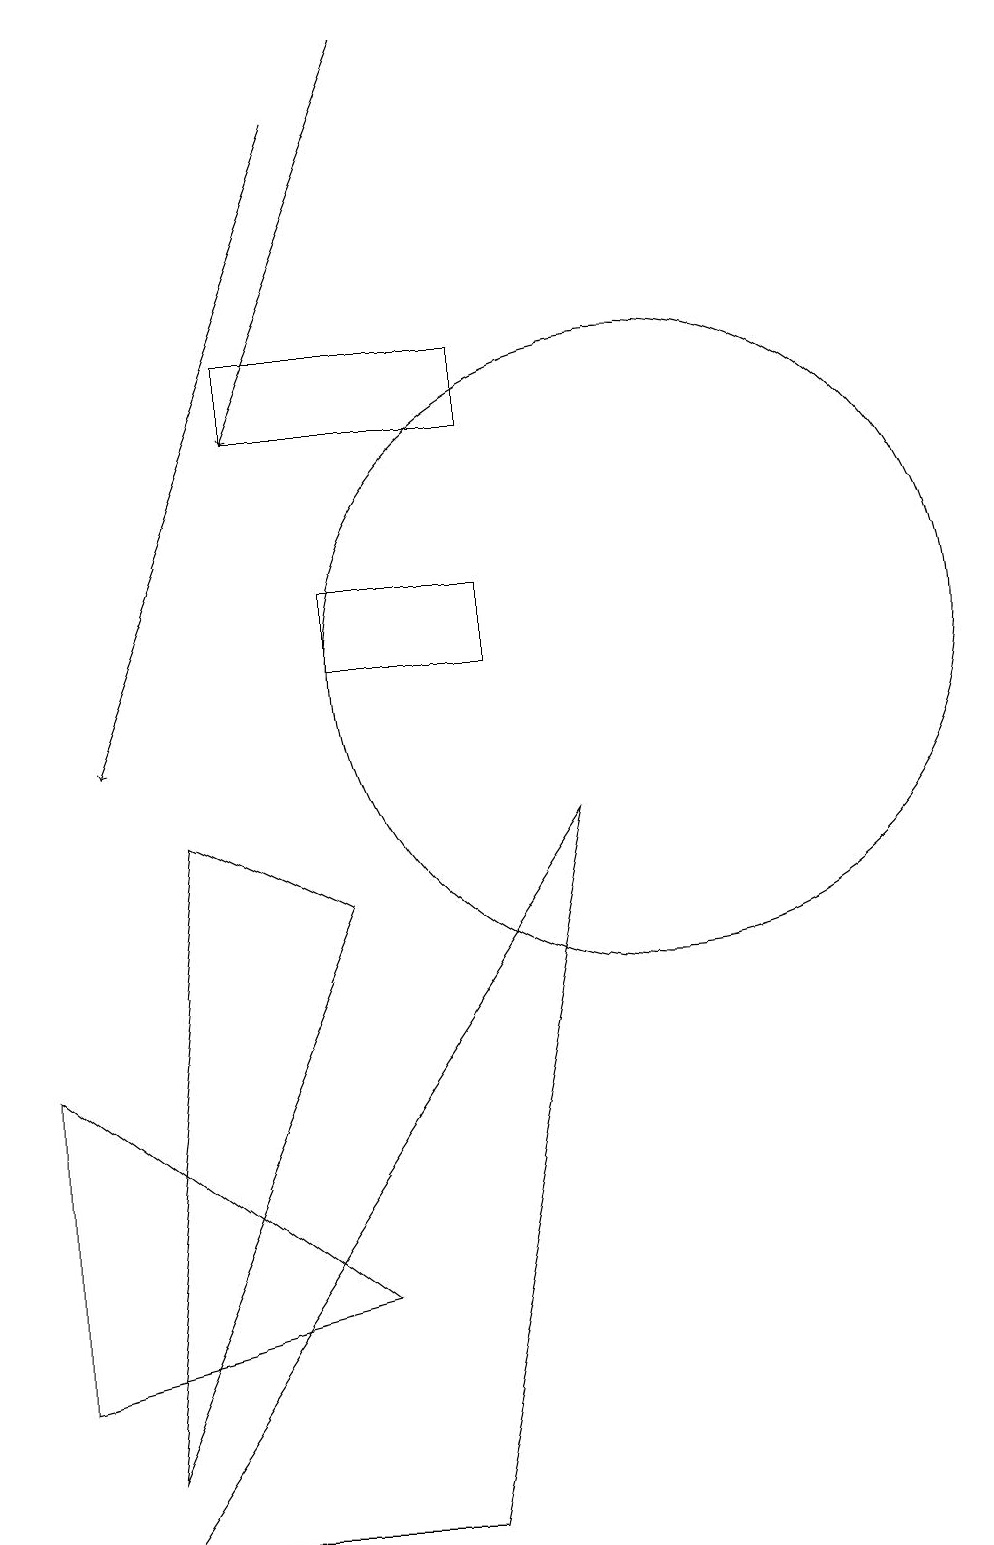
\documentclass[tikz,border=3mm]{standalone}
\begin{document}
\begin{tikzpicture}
\draw (6,3) -- (2,6) -- (2,2) -- cycle;
\draw (10,11) circle (4);
\draw[->] (6,18) -- (3,10);
\draw (6,12) rectangle (8,11);
\draw (6,8) -- (4,9) -- (3,1) -- cycle;
\draw (7,0) -- (9,9) -- (3,0) -- cycle;
\draw[->] (7,19) -- (5,14);
\draw (5,14) rectangle (8,15);
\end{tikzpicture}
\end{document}